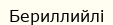
Бериллийлі